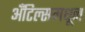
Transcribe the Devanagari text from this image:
अँटिल्समधून